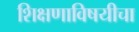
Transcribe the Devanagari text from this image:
शिक्षणाविषयीचा